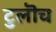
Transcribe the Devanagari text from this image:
टुलॊच